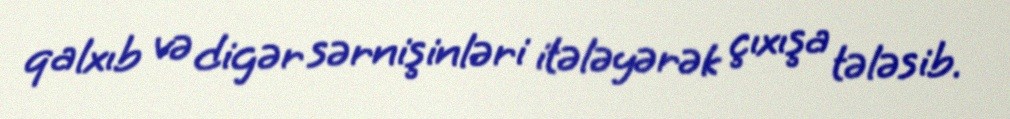
qalxıb və digər sərnişinləri itələyərək çıxışa tələsib.